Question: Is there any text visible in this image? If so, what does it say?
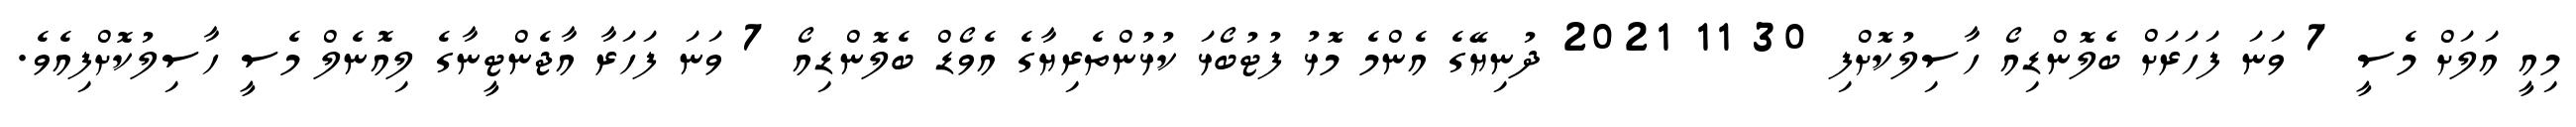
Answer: މިއީ އަލަށް މެސީ 7 ވަނަ ފަހަރަށް ބެލޮންޑިއޯ ހާސިލުކޮށްފި 30 11 2021 ދުނިޔޭގެ އެންމެ މޮޅު ފުޓުބޯޅަ ކުޅުންތެރިޔާގެ އެވޯޑް ބެލޮންޑިއޯ 7 ވަނަ ފަހަރާ އާޖެންޓީނާގެ ލިއޮނެލް މެސީ ހާސިލުކޮށްފިއެވެ.